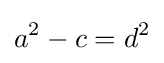
a^{2}-c=d^{2}